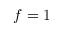
f = 1